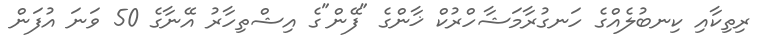
ރިތިކާއި ކިނބުލެއްގެ ހަނގުރާމަޝާހްރުކް ޚާންގެ "ފޭން"ގެ އިޝްތިހާރު އޭނާގެ 50 ވަނަ އުފަން